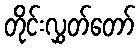
တိုင်းလွှတ်တော်